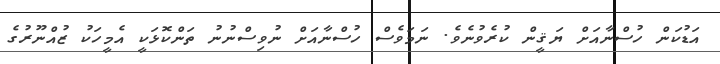
އަޑުކަން ހުސްނާއަށް ޔަޤީން ކުރެވުނެވެ. ނަމަވެސް ހުސްނާއަށް ނުވިސްނުނު ތަންކޮޅަކީ އެމީހަކު ޒުއްނޫރުގެ